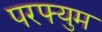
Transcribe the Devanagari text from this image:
परफ्युम